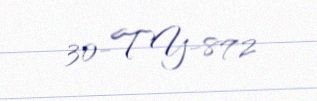
30-TY-872